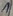
Text: 1